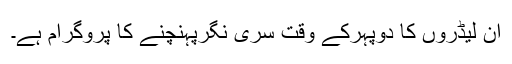
ان لیڈروں کا دوپہرکے وقت سری نگرپہنچنے کا پروگرام ہے۔